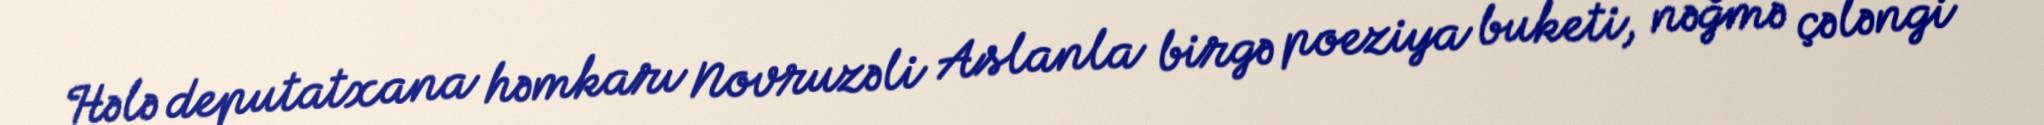
Hələ deputatxana həmkarı Novruzəli Aslanla birgə poeziya buketi, nəğmə çələngi